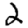
Digit: 2